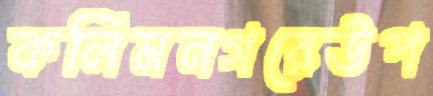
কলিমনগরেউপ